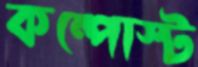
কম্পোস্ট